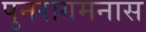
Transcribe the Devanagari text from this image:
पुनरागमनास